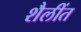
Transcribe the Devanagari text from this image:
शैलींत